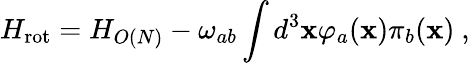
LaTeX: H_{\mathrm{rot}}=H_{O(N)}-\omega_{ab}\int d^{3}{\mathbf x}\varphi_{a}({\mathbf x})\pi_{b}({\mathbf x})\ ,